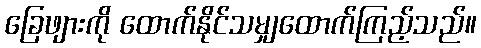
ခြေဖျားကို ထောက်နိုင်သမျှထောက်ကြည့်သည်။